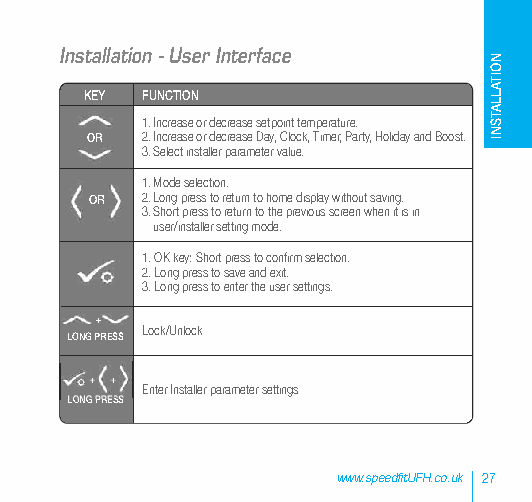
Installation - User Interface
 KEY FUNCTION
 1.Increase or decrease setpoint temperature.
 OR 2.Increase or decrease Day, Clock, Timer, Party, Holiday and Boost.
 3.Select installer parameter value.
 1.Mode selection.
 OR 2.Long press to return to home display without saving.
 3.Short press to return to the previous screen when it is in
 user/installer setting mode.
 1. OK key: Short press to confirm selection.
 2. Long press to save and exit.
 3. Long press to enter the user settings.
 +
 Lock/Unlock
 LONG PRESS
 + +
 Enter Installer parameter settings
 LONG PRESS
 www.speedfitUFH.co.uk 27
 NOITALLATSNI